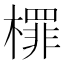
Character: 檌